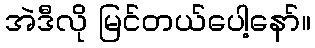
အဲဒီလို မြင်တယ်ပေါ့နော်။